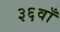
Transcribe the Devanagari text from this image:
३६वाँ